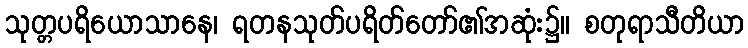
သုတ္တပရိယောသာနေ၊ ရတနသုတ်ပရိတ်တော်၏အဆုံး၌။ စတုရာသီတိယာ